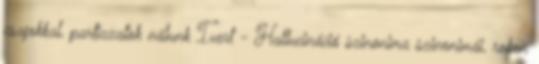
csajokkal, partizzatok nálunk Ivert - Hallucináció szinonima szinonimái, rokon